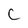
Character: C